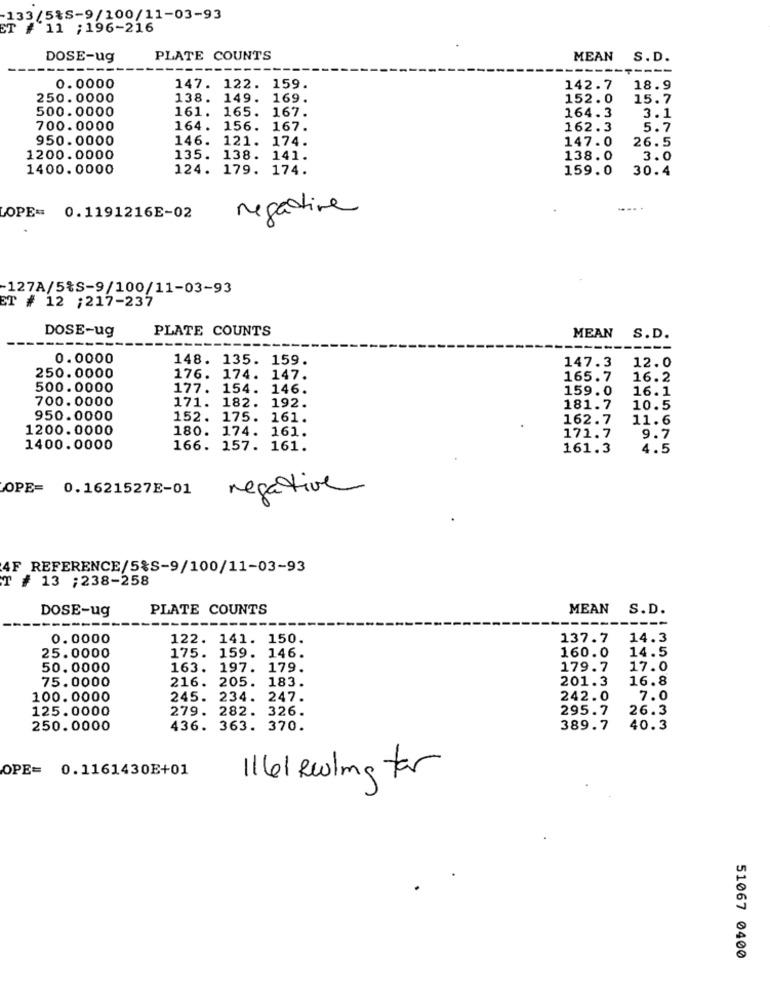
133/5%S-9/100/11-03-93
ET # 11 ;196-216
DOSE-ug
PLATE COUNTS
MEAN S.D.
-----
0.0000
147. 122. 159.
142.7
18.9
250.0000
138. 149. 169.
152.0
15.7
500.0000
161.
165. 167.
164.3
3.1
700.0000
164. 156. 167.
162.3
5.7
950.0000
146.
121. 174.
147.0
26.5
1200.0000
135. 138. 141.
138.0
3.0
1400.0000
124. 179. 174.
159.0
30.4
-..
LOPE= 0.1191216E-02
negative
-127A/5%S-9/100/11-03-93
ET # 12 ;217-237
DOSE-ug
PLATE COUNTS
MEAN
S.D.
-----
0.0000
148. 135. 159.
12.0
147.3
250.0000
176. 174. 147.
165.7
16.2
500.0000
177. 154. 146.
159.0
16.1
700.0000
171. 182. 192.
181.7
10.5
950.0000
152. 175. 161.
162.7
11.6
1200.0000
180. 174. 161.
171.7
9.7
1400.0000
166. 157. 161.
161.3
4.5
OPE= 0.1621527E-01
negative
4F REFERENCE/5%S-9/100/11-03-93
₸ # 13 ;238-258
DOSE-ug
PLATE COUNTS
MEAN S.D.
0.0000
122. 141. 150.
137.7
14.3
160.0
14.5
25.0000
175. 159. 146.
50.0000
163. 197. 179.
179.7
17.0
75.0000
216. 205. 183.
201.3
16.8
100.0000
245. 234. 247.
242.0
7.0
125.0000
279. 282. 326.
295.7
26.3
250.0000
436. 363. 370.
389.7
40.3
OPE= 0.1161430E+01
1161 Reling for
51067 0400